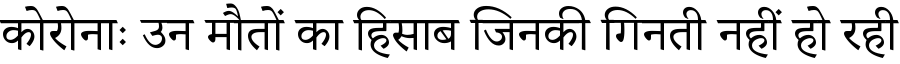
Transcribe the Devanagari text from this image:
कोरोनाः उन मौतों का हिसाब जिनकी गिनती नहीं हो रही